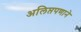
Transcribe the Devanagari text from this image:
अलिप्तपणाने